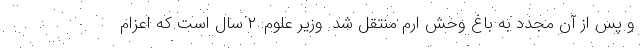
و پس از آن مجدد به باغ وحش ارم منتقل شد. وزیر علوم: ۲ سال است که اعزام